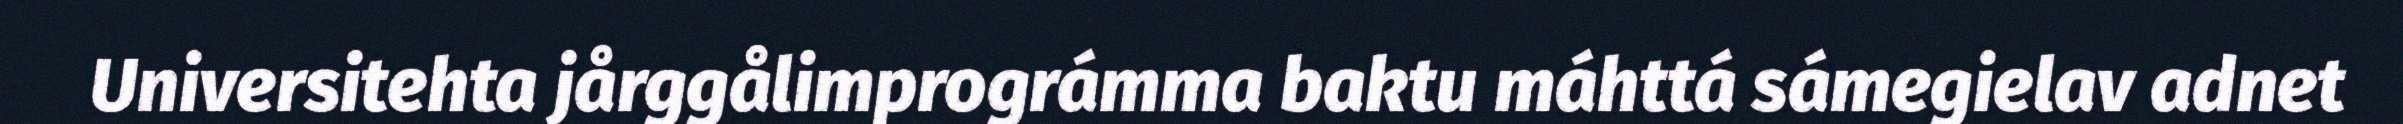
Universitehta jårggålimprográmma baktu máhttá sámegielav adnet